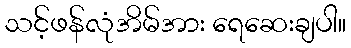
သင့်ဖန်လုံအိမ်အား ရေဆေးချပါ။